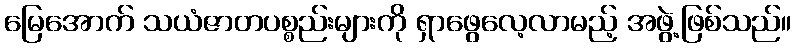
မြေအောက် သယံဇာတပစ္စည်းများကို ရှာဖွေလေ့လာမည့် အဖွဲ့ဖြစ်သည်။